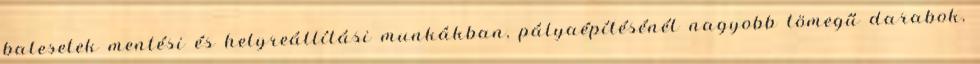
balesetek mentési és helyreállítási munkákban, pályaépítésénél nagyobb tömegű darabok,